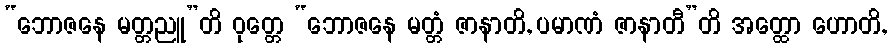
“ဘောဇနေ မတ္တညူ”တိ ဝုတ္တေ “ဘောဇနေ မတ္တံ ဇာနာတိ, ပမာဏံ ဇာနာတီ”တိ အတ္ထော ဟောတိ,